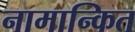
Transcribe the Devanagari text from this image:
नामान्कित